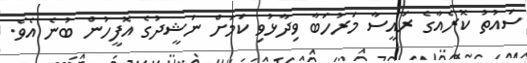
ސައުތު ކޮރެއާގެ ރައީސާ މަރުހަބާ ވިދާޅުވި ކަމަށް ނަޝީދުގެ އޮފީހުން ބުނެ އެވެ.